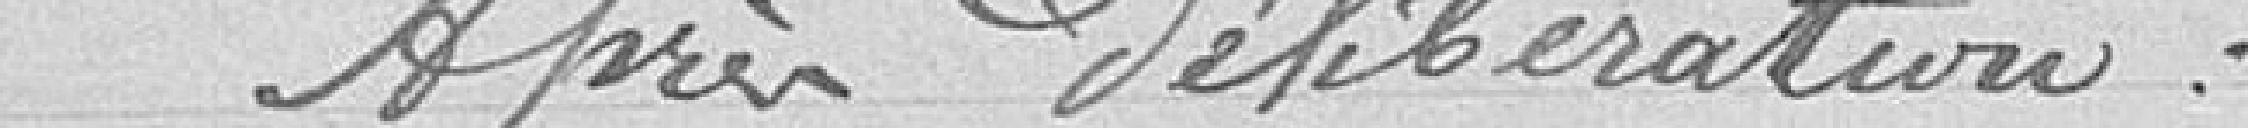
Après Délibération